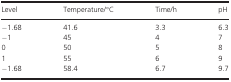
| Level | Temperature/°C | Time/h | pH |
 | --- | --- | --- | --- |
 | −1.68 | 41.6 | 3.3 | 6.3 |
 | −1 | 45 | 4 | 7 |
 | 0 | 50 | 5 | 8 |
 | 1 | 55 | 6 | 9 |
 | −1.68 | 58.4 | 6.7 | 9.7 |